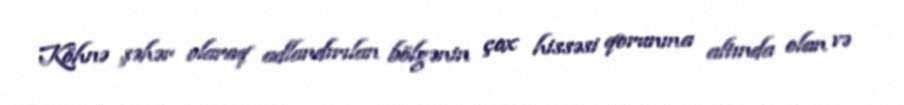
Köhnə şəhər olaraq adlandırılan bölgənin çox hissəsi qorunma altında olan və